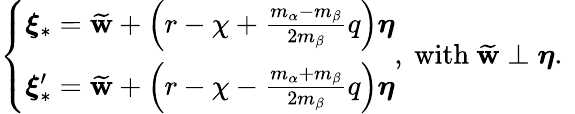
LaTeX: \left\{ \begin{array}{l}{\boldsymbol{\xi}_{\ast}=\widetilde{\mathbf{w}}+\left(r-\chi+\frac{m_{\alpha}-m_{\beta}}{2m_{\beta}}q\right)\boldsymbol{\eta}}\\ {\boldsymbol{\xi}_{\ast}^{\prime}=\widetilde{\mathbf{w}}+\left(r-\chi-\frac{m_{\alpha}+m_{\beta}}{2m_{\beta}}q\right)\boldsymbol{\eta}}\end{array}\right.\mathrm{,~with~}\widetilde{\mathbf{w}}\perp\boldsymbol{\eta}\mathrm{.~}